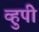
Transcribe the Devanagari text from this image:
व्हुपी